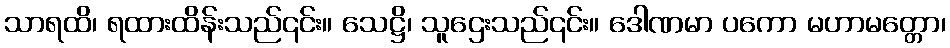
သာရထိ၊ ရထားထိန်းသည်၎င်း။ သေဋ္ဌိ၊ သူဌေးသည်၎င်း။ ဒေါဏမာ ပကော မဟာမတ္တော၊